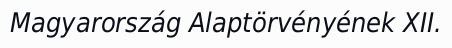
Magyarország Alaptörvényének XII.